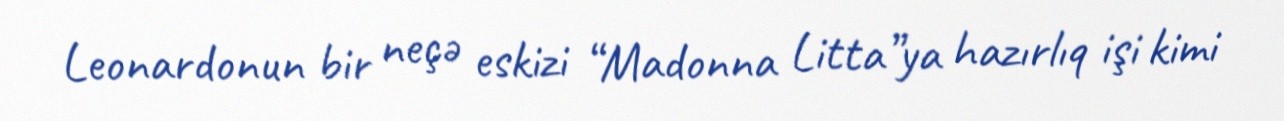
Leonardonun bir neçə eskizi “Madonna Litta”ya hazırlıq işi kimi